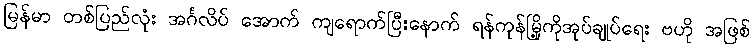
မြန်မာ တစ်ပြည်လုံး အင်္ဂလိပ် အောက် ကျရောက်ပြီးနောက် ရန်ကုန်မြို့ကိုအုပ်ချုပ်ရေး ဗဟို အဖြစ်